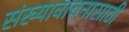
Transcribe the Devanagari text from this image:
संख्यावाचनासाठी